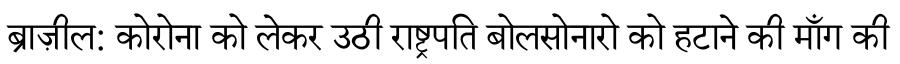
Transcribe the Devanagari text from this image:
ब्राज़ील: कोरोना को लेकर उठी राष्ट्रपति बोलसोनारो को हटाने की माँग की